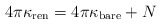
\begin{align*}4\pi\kappa_{\rm ren} =4\pi\kappa_{\rm bare}+N\end{align*}